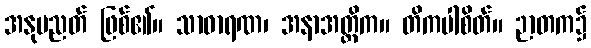
အနုပညတ် ဖြစ်၏။ သာဓာရဏ၊ အနာအတ္တိက။ တိကပါစိတ်။ ဉာတက၌